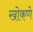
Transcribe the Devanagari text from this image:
खोकणे